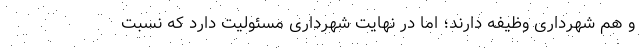
و هم شهرداری وظیفه دارند؛ اما در نهایت شهرداری مسئولیت دارد که نسبت